Civil Veterinary Department Bihar & Orissa reports 1911-21 - 1911-1921
Year: 1911
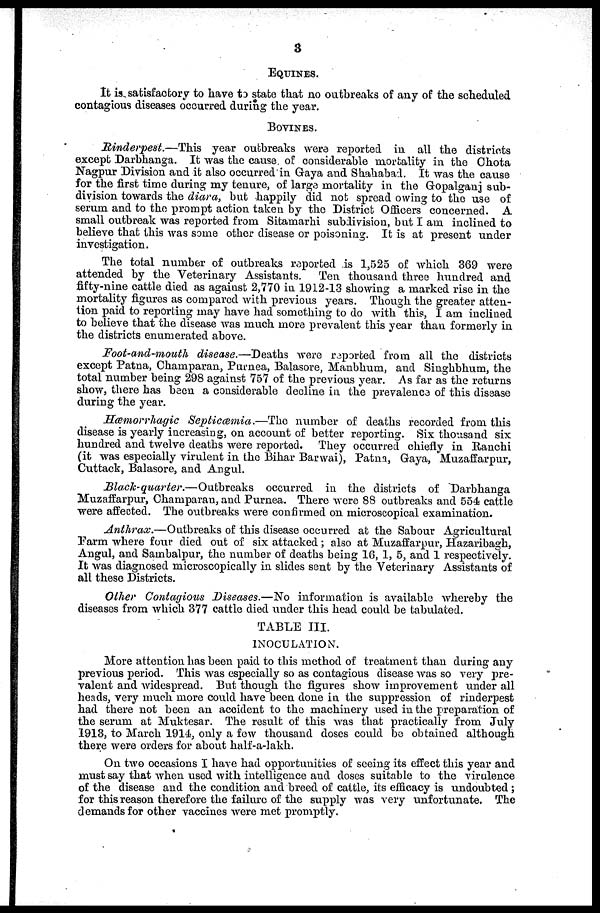
3
EQUINES.
It is satisfactory to have to state that no outbreaks of any of the scheduled
contagious diseases occurred during the year.
BOVINCE.
Rinderpest.—This
year outbreaks were reported in all the districts
except Darbhanga. It was the cause of considerable mortality in the Chota
Nagpur Division and it also occurred in Gaya and Shahabad. It was the cause
for the first time during my tenure, of large mortality in the Gopalganj sub-
division towards the diara, but happily did not spread owing to the use of
serum and to the prompt action taken by the District Officers concerned. A
small outbreak was reported from Sitamarhi subdivision, but I am inclined to
believe that this was some other disease or poisoning. It is at present under
investigation.
The total number of outbreaks reported is 1,525 of which 369 were
attended by the Veterinary Assistants. Ten thousand three hundred and
fifty-nine cattle died as against 2,770 in 1912-13 showing a marked rise in the
mortality figures as compared with previous years. Though the greater atten-
tion paid to reporting may have had something to do with this, I am inclined
to believe that the disease was much more prevalent this year than formerly in
the districts enumerated above.
Foot-and-mouth disease.—Deaths were reported from all the districts
except Patna, Champaran, Purnea, Balasore, Manbhum, and Singhbhum, the
total number being 298 against 757 of the previous year. As far as the returns
show, there has been a considerable decline in the prevalence of this disease
during the year.
Hæmorrhagic Septicæmia.—The number of deaths recorded from this
disease is yearly increasing, on account of better reporting. Six thousand six
hundred and twelve deaths were reported. They occurred chiefly in Ranchi
(it was especially virulent in the Bihar Barwai), Patna, Gaya, Muzaffarpur,
Cuttack, Balasore, and Angul.
Black-quarter.—Outbreaks
occurred in the districts of Darbhanga
Muzaffarpur, Champaran, and Purnea. There were 88 outbreaks and 554 cattle
were affected. The outbreaks were confirmed on microscopical examination.
Anthrax.—Outbreaks of this disease occurred at the Sabour Agricultural
Farm where four died out of six attacked ; also at Muzaffarpur, Hazaribagh,
Angul, and Sambalpur, the number of deaths being 16, 1, 5, and 1 respectively.
It was diagnosed microscopically in slides sent by the Veterinary Assistants of
all these Districts.
Other Contagious Diseases.—No information is available whereby the
diseases from which 377 cattle died under this head could be tabulated.
TABLE III.
INOCULATION.
More attention has been paid to this method of treatment than during any
previous period. This was especially so as contagious disease was so very pre-
valent and widespread. But though the figures show improvement under all
heads, very much more could have been done in the suppression of rinderpest
had there not been an accident to the machinery used in the preparation of
the serum at Muktesar. The result of this was that practically from July
1913, to March 1914 only a few thousand doses could be obtained although
there were orders for about half-a-lakh.
On two occasions I have had opportunities of seeing its effect this year and
must say that when used with intelligence and doses suitable to the virulence
of the disease and the condition and breed of cattle, its efficacy is undoubted ;
for this reason therefore the failure of the supply was very unfortunate. The
demands for other vaccines were met promptly.